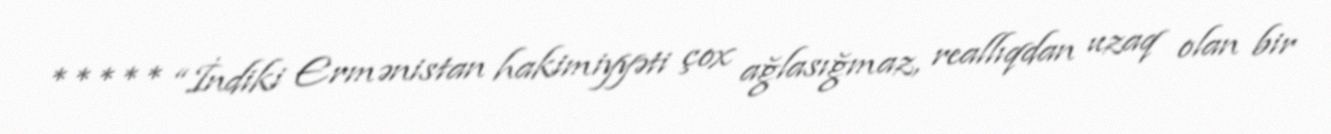
***** “İndiki Ermənistan hakimiyyəti çox ağlasığmaz, reallıqdan uzaq olan bir